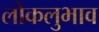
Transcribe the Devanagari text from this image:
लोकलुभाव